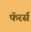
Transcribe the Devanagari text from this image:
फॅरर्स